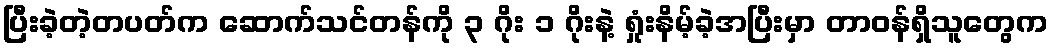
ပြီးခဲ့တဲ့တပတ်က ဆောက်သင်တန်ကို ၃ ဂိုး ၁ ဂိုးနဲ့ ရှုံးနိမ့်ခဲ့အပြီးမှာ တာဝန်ရှိသူတွေက